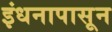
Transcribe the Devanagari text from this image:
इंधनापासून